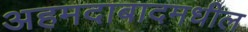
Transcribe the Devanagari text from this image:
अहमदाबादमधील